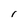
Character: I